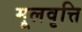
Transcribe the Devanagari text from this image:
मूलवृत्ति